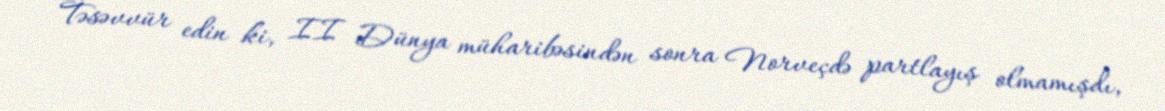
Təsəvvür edin ki, II Dünya müharibəsindən sonra Norveçdə partlayış olmamışdı,